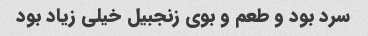
سرد بود و طعم و بوی زنجبیل خیلی زیاد بود